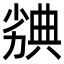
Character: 𠢣